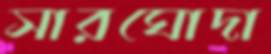
সারঘোদা